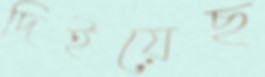
দিইয়েছ